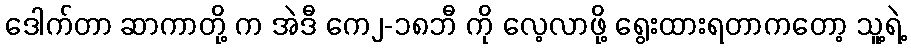
ဒေါက်တာ ဆာကာတို့ က အဲဒီ ကေ၂-၁၈ဘီ ကို လေ့လာဖို့ ရွေးထားရတာကတော့ သူ့ရဲ့